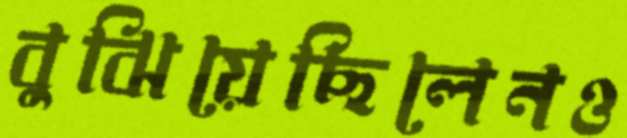
বুঝিয়েছিলেনও